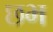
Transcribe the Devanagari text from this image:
छभ